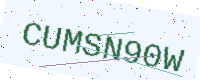
Text: CUMSN90W